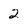
Character: 2